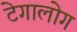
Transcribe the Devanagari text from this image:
टेगालोग